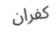
كفران